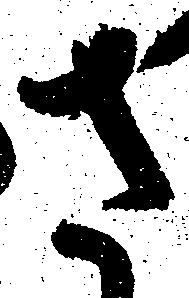
さ